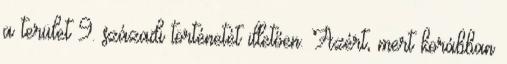
a terület 9. századi történetét illetően. Azért, mert korábban